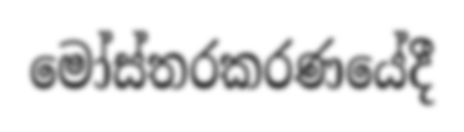
මෝස්තරකරණයේදී